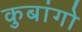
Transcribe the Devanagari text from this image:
कुबांगो